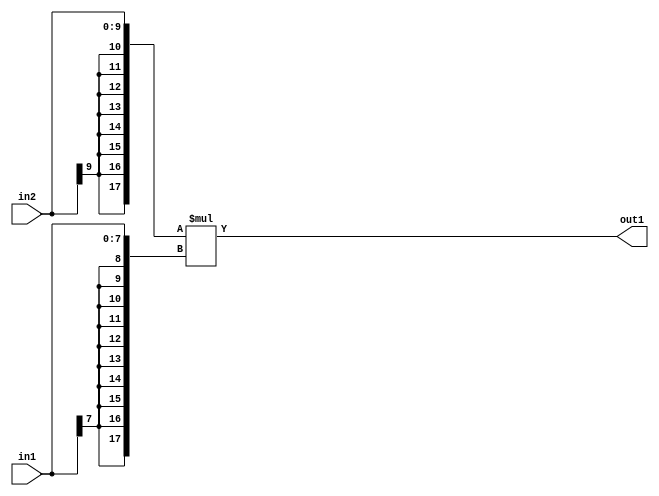
`timescale 1ps / 1ps
/*****************************************************************************
    Verilog RTL Description
    
    
    Created by: Stratus DpOpt 2019.1.01 
*******************************************************************************/

module mac_Mul_10Sx8S_18S_1 (
	in2,
	in1,
	out1
	); /* architecture "behavioural" */ 
input [9:0] in2;
input [7:0] in1;
output [17:0] out1;
wire [17:0] asc001;

assign asc001 = 
	+({{8{in2[9]}}, in2} * {{10{in1[7]}}, in1});

assign out1 = asc001;
endmodule

/* CADENCE  ubP2QwA= : u9/ySgnWtBlWxVPRXgAZ4Og= ** DO NOT EDIT THIS LINE ******/